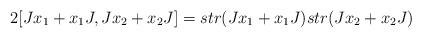
LaTeX: \begin{align*}2[Jx_1+x_1J,Jx_2+x_2J]=str(Jx_1+x_1J)str(Jx_2+x_2J)\end{align*}